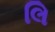
લિ